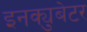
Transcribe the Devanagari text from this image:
इनक्युबेटर